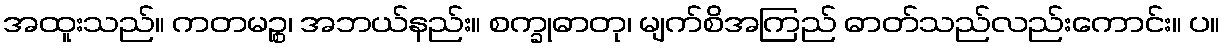
အထူးသည်။ ကတမဉ္စ၊ အဘယ်နည်း။ စက္ခုဓာတု၊ မျက်စိအကြည် ဓာတ်သည်လည်းကောင်း။ ပ။